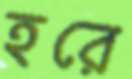
হরে